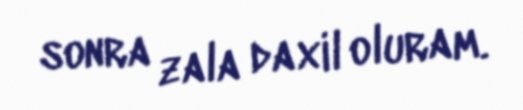
sonra zala daxil oluram.